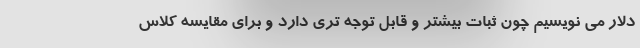
دلار می نویسیم چون ثبات بیشتر و قابل توجه تری دارد و برای مقایسه کلاس